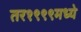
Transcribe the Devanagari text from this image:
तर१९९९मध्ये